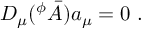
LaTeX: D _ { \mu } ( ^ { \phi } \bar { A } ) a _ { \mu } = 0 \ .